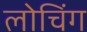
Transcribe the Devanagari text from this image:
लोचिंग